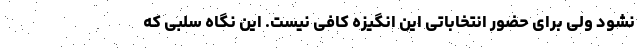
نشود ولی برای حضور انتخاباتی این انگیزه کافی نیست. این نگاه سلبی که